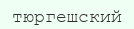
тюргешский